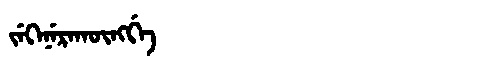
Manchu: ᠵᡝᡴᡝᠨᡝᡵᠠᡴᡡᠩᡤᡝ
Romanization: JEKENERAKŪNGGE